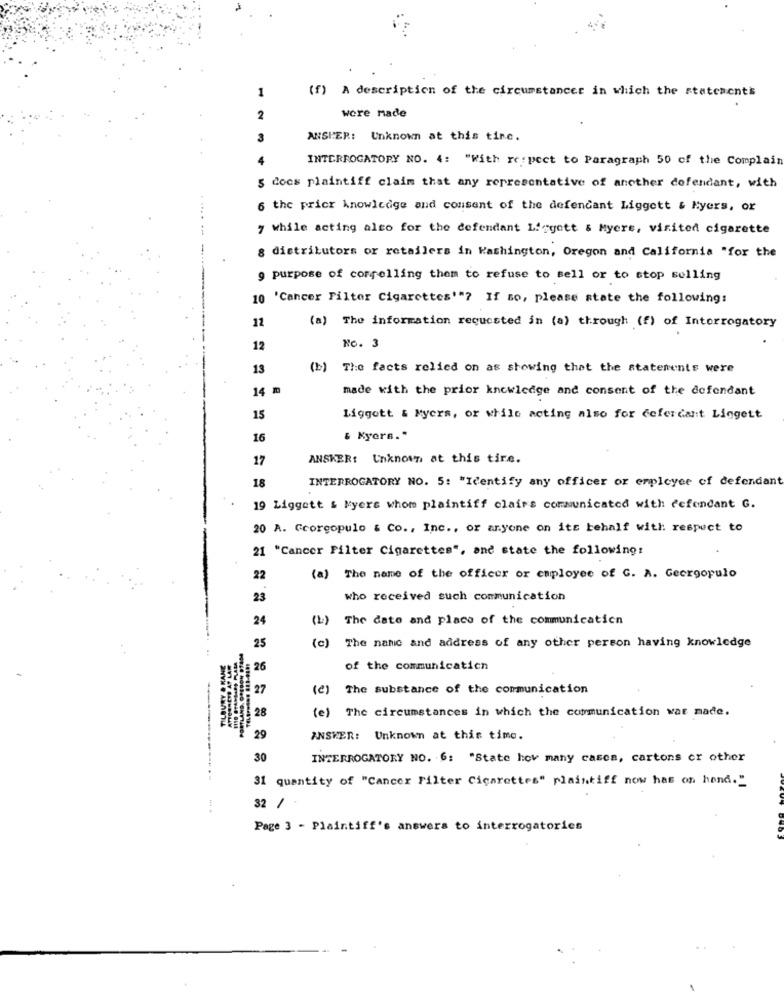
1
(f) A description of the circumstances in which the statementis
were nade
2
3
ANSPER: Unknown at this tine.
INTERROGATORY NO. 4: "With respect to Paragraph 50 of the Complain
does plaintiff claim that any representative of another defendant, with
6 the prior knowledge and consent of the defendant Liggett & Kyers, or
7 while acting also for the defendant Liggett & Myere, visited cigarette
8 distributors or retailers in Washington, Oregon and California "for the
9 purpose of correlling them to refuse to sell or to stop selling
10 'Cancer Filter Cigarettes'"? If so, please state the following:
12
(a) The information requested in (a) through (f) of Interrogatory
12
No. 3
13
(+)
The facts relied on as showing that the statenents were
14
made with the prior knowledge and consent of the defendant
15
Liggett & Myers, or while acting also for cefercant Liggett
16
& Kyers."
17
ANSKER: Unknown at this tire.
18
INTERROGATORY NO. 5: "Identify any officer or employee of defendant
19 Liggett & Myers whom plaintiff clairs communicated with defendant G.
20 A. Georgopulo & Co ., Inc ., or anyone on its behalf with respect to
21 "Cancer Filter Cigarettes", and state the following:
22
(a) The name of the officer or employee of G. A. Geergopulo
23
who received such communication
24
(1)
The date and place of the communication
(c)
The name and address of any other person having knowledge
25
TILBURY & KANE
ATTORNEYS AT LAR
26
of the communication
27
(e) The substance of the communication
28
(e) The circumstances in which the communication war made.
29
ANSKER: Unknown at this time.
30
INTERROGATORY NO. 6: "State how many cases, cartons or other
31 quantity of "Cancer Filter Cigarettes" plaintiff now has on hand."
32 /
Page 3 - Plaintiff's answers to interrogatories